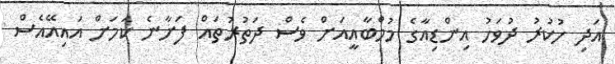
އަދި ހުކުރު ދުވަހު އިންޑިއާގެ މުމްބާއީއަށް ވެސް ދަތުރުތައް ފަށާނެ ކަމަށް އައިއޭއެސް